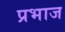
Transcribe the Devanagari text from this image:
प्रभाज